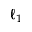
\ell _ { 1 }